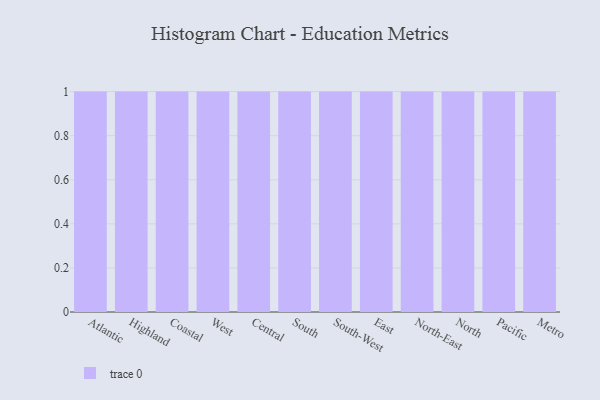
{"axis": {"x": "Region", "y": "Inventory Turnover"}, "legend": [""], "data": [{"x": "Atlantic", "y": 32, "type": ""}, {"x": "Highland", "y": 52, "type": ""}, {"x": "Coastal", "y": 62, "type": ""}, {"x": "West", "y": 98, "type": ""}, {"x": "Central", "y": 57, "type": ""}, {"x": "South", "y": 62, "type": ""}, {"x": "South-West", "y": 76, "type": ""}, {"x": "East", "y": 3, "type": ""}, {"x": "North-East", "y": 98, "type": ""}, {"x": "North", "y": 14, "type": ""}, {"x": "Pacific", "y": 7, "type": ""}, {"x": "Metro", "y": 59, "type": ""}]}